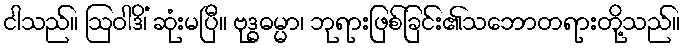
ငါသည်။ ဩဝါဒိံ၊ ဆုံးမပြီ။ ဗုဒ္ဓဓမ္မာ၊ ဘုရားဖြစ်ခြင်း၏သဘောတရားတို့သည်။